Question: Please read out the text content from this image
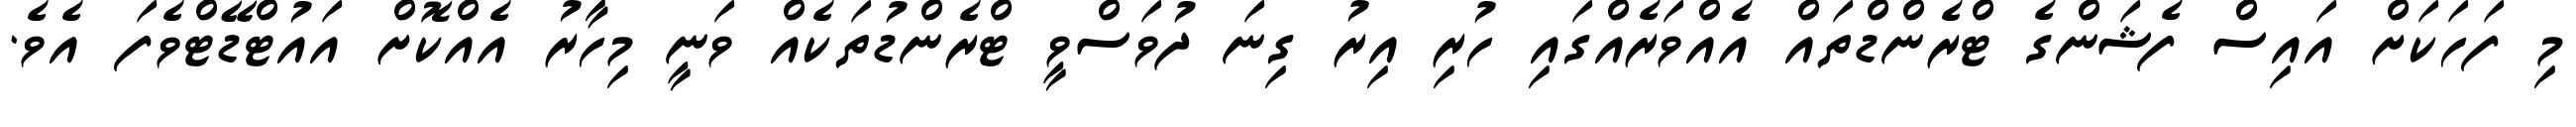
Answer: މި ފަހަކަށް އައިސް ފެޝަންގެ ޓްރެންޑްތައް އެއްވަރެއްގައި ހުރި އިރު ގިނަ ދުވަސްވީ ޓްރެންޑުތަކެއް ވަނީ މިހާރު އެއްކޮށް އައުޓްޑޭޓްވެފަ އެވެ.